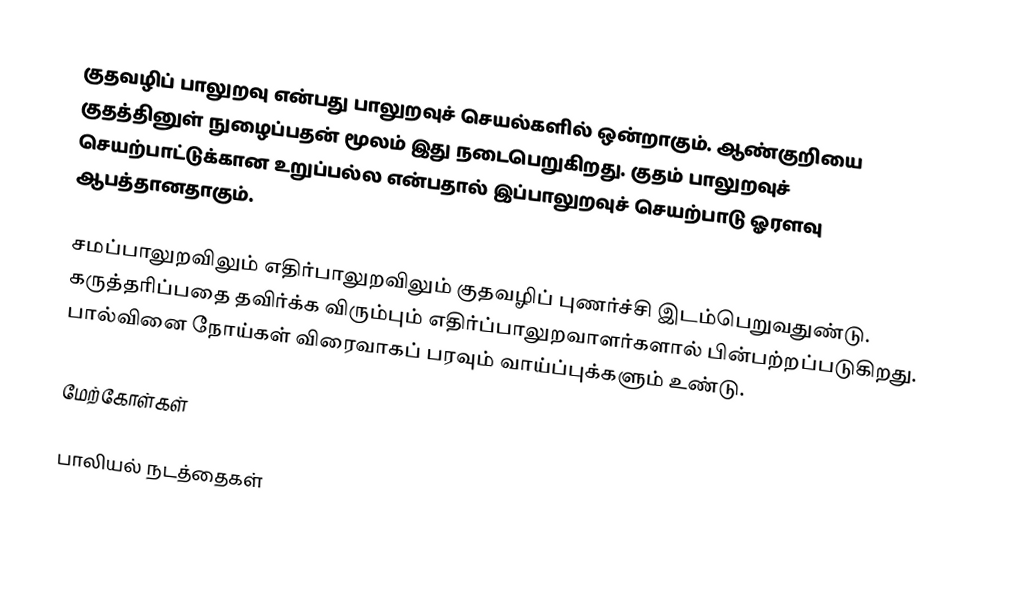
குதவழிப் பாலுறவு என்பது பாலுறவுச் செயல்களில் ஒன்றாகும். ஆண்குறியை குதத்தினுள் நுழைப்பதன் மூலம் இது நடைபெறுகிறது. குதம் பாலுறவுச் செயற்பாட்டுக்கான உறுப்பல்ல என்பதால் இப்பாலுறவுச் செயற்பாடு ஓரளவு ஆபத்தானதாகும்.

சமப்பாலுறவிலும் எதிர்பாலுறவிலும் குதவழிப் புணர்ச்சி இடம்பெறுவதுண்டு. கருத்தரிப்பதை தவிர்க்க விரும்பும் எதிர்ப்பாலுறவாளர்களால் பின்பற்றப்படுகிறது. பால்வினை நோய்கள் விரைவாகப் பரவும் வாய்ப்புக்களும் உண்டு.

மேற்கோள்கள்

பாலியல் நடத்தைகள்